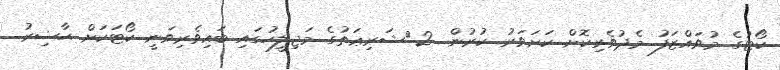
ކޯޓުގެ މުވައްޒަފު މެދުވެރިކޮށް ކަށަވަރު ކުރުން. 2.	ޝަރިޢަތުގެ މަޖިލީހުގައި ބައިވެރިވަނީ ކޯޓަކަށް ޙާޟިރު